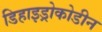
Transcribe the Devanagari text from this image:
डिहाइड्रोकोडीन